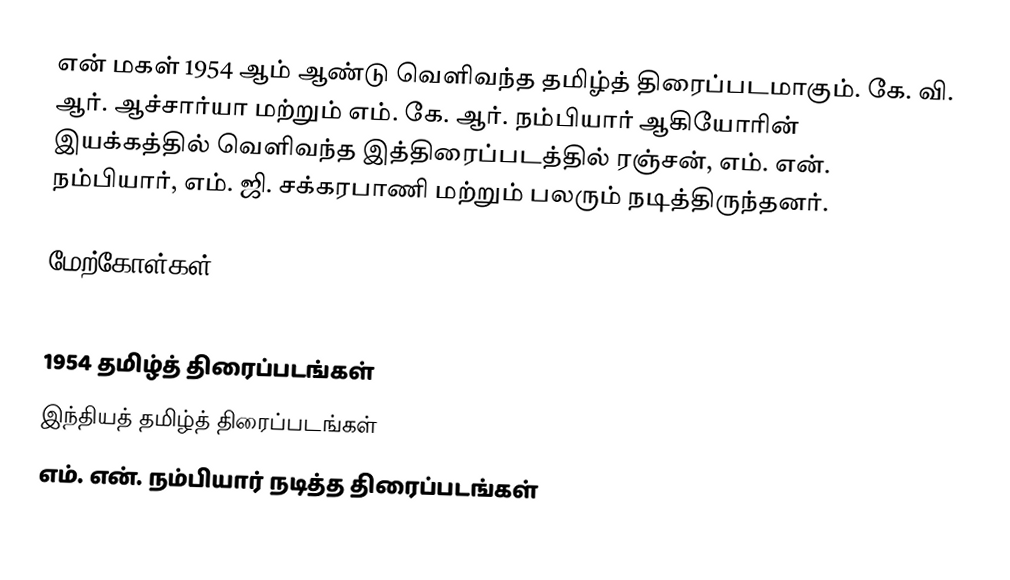
என் மகள் 1954 ஆம் ஆண்டு வெளிவந்த தமிழ்த் திரைப்படமாகும். கே. வி. ஆர். ஆச்சார்யா மற்றும் எம். கே. ஆர். நம்பியார் ஆகியோரின் இயக்கத்தில் வெளிவந்த இத்திரைப்படத்தில் ரஞ்சன், எம். என். நம்பியார், எம். ஜி. சக்கரபாணி மற்றும் பலரும் நடித்திருந்தனர்.

மேற்கோள்கள்

1954 தமிழ்த் திரைப்படங்கள்
இந்தியத் தமிழ்த் திரைப்படங்கள்
எம். என். நம்பியார் நடித்த திரைப்படங்கள்